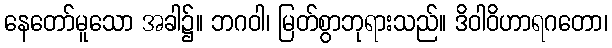
နေတော်မူသော အခါ၌။ ဘဂဝါ၊ မြတ်စွာဘုရားသည်။ ဒိဝါဝိဟာရဂတော၊